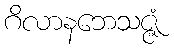
ဂိလာနဘေသဇ္ဇံ